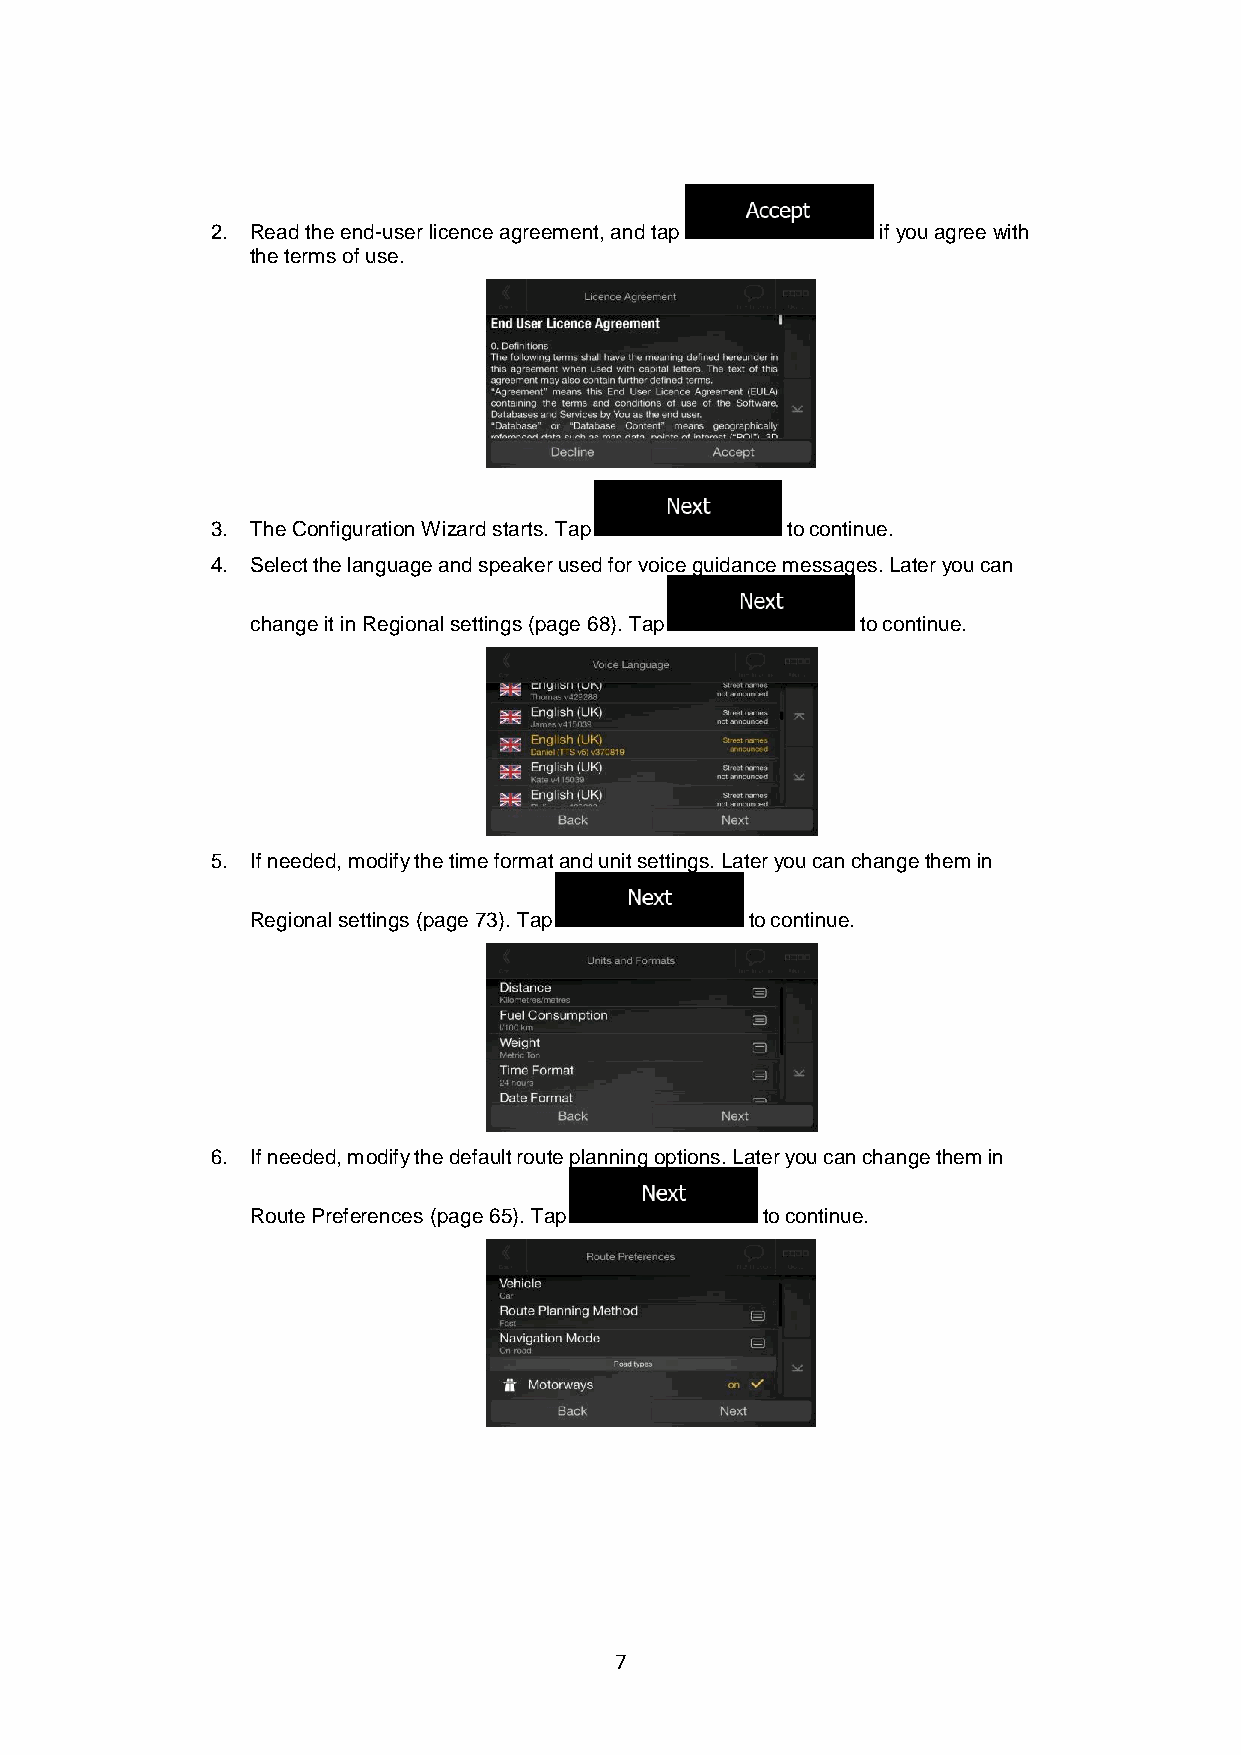
2. Read the end-user licence agreement, and tap if you agree with
 the terms of use.
 3. The Configuration Wizard starts. Tap to continue.
 4. Select the language and speaker used for voice guidance messages. Later you can
 change it in Regional settings (page 68). Tap to continue.
 5. If needed, modify the time format and unit settings. Later you can change them in
 Regional settings (page 73). Tap to continue.
 6. If needed, modify the default route planning options. Later you can change them in
 Route Preferences (page 65). Tap to continue.
 7